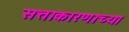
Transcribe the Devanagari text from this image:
सत्ताकारणाच्या